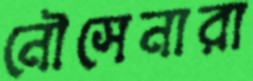
নৌসেনারা